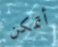
أتمكن